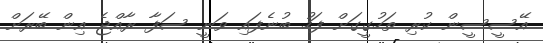
އޭސީސީން ކުރި ތަހުގީގަށް ފަހު ބުނެފައި ވަނީ ސަފާ ރާއްޖެ އިން ބޭރަށް